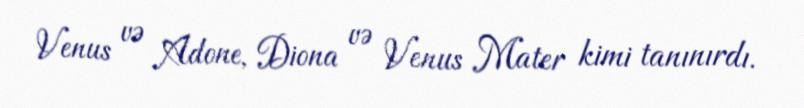
Venus və Adone, Diona və Venus Mater kimi tanınırdı.